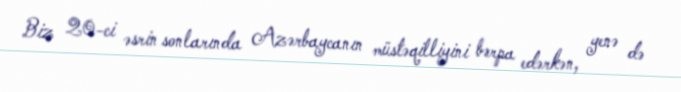
Biz 20-ci əsrin sonlarında Azərbaycanın müstəqilliyini bərpa edərkən, yenə də